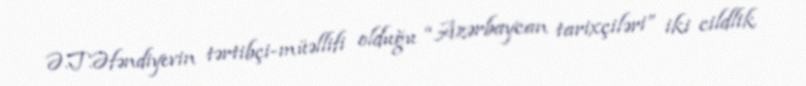
Ə.T.Əfəndiyevin tərtibçi-müəllifi olduğu “Azərbaycan tarixçiləri” iki cildlik